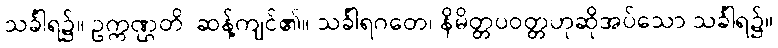
သင်္ခါရ၌။ ဥက္ကဏ္ဌတိ၊ ဆန့်ကျင်၏။ သင်္ခါရဂတေ၊ နိမိတ္တပဝတ္တဟုဆိုအပ်သော သင်္ခါရ၌။